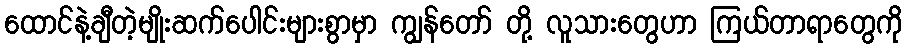
ထောင်နဲ့ချီတဲ့မျိုးဆက်ပေါင်းများစွာမှာ ကျွန်တော် တို့ လူသားတွေဟာ ကြယ်တာရာတွေကို